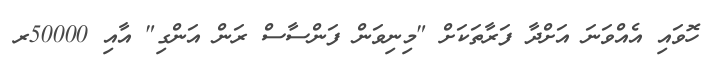
ހޮވައި އެއްވަނަ އަށްދާ ފަރާތަކަށް "މިނިވަން ފަންސާސް ރަން އަންގި" އާއި 50000ރ